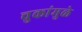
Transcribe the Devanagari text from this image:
चुकांमुळे